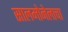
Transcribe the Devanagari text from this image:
सालमोनेलाचा